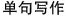
单句写作